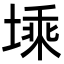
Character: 塖